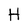
Character: H